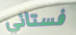
فستاني